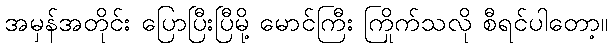
အမှန်အတိုင်း ပြောပြီးပြီမို့ မောင်ကြီး ကြိုက်သလို စီရင်ပါတော့။